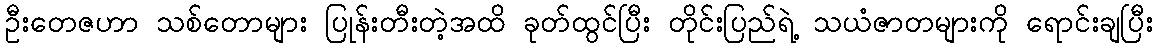
ဦးတေဇဟာ သစ်တောများ ပြုန်းတီးတဲ့အထိ ခုတ်ထွင်ပြီး တိုင်းပြည်ရဲ့ သယံဇာတများကို ရောင်းချပြီး